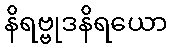
နိရဗ္ဗုဒနိရယော